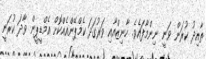
ތާއިދު ކުރަން ވަނީ ނިންމާފައެވެ. ހާނިޒްއާއި ވަރުގަދަ ކެމްޕޭންއެއްކޮށް އެމްޑީޕީން ވާދަ ކުރަނީ